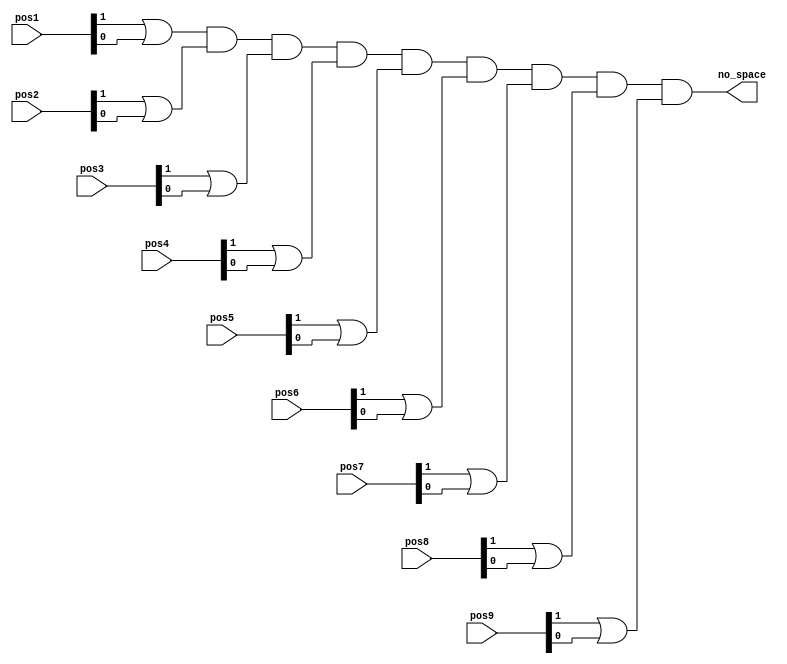
`timescale 1ns / 1ps
//////////////////////////////////////////////////////////////////////////////////
// Company: 
// Engineer: 
// 
// Design Name: 
// Module Name:    nospace_detector 
// Project Name: 
// Target Devices: 
// Tool versions: 
// Description: 
//
// Dependencies: 
//
// Revision: 
// Revision 0.01 - File Created
// Additional Comments: 
//
//////////////////////////////////////////////////////////////////////////////////
module nospace_detector(
    input [1:0] pos1,pos2,pos3,pos4,pos5,pos6,pos7,pos8,pos9,  // Positions register
   output wire no_space      // no space signal
   );
wire temp1,temp2,temp3,temp4,temp5,temp6,temp7,temp8,temp9;
// detect no more space     
assign temp1 = pos1[1] | pos1[0];
assign temp2 = pos2[1] | pos2[0];
assign temp3 = pos3[1] | pos3[0];
assign temp4 = pos4[1] | pos4[0];
assign temp5 = pos5[1] | pos5[0];
assign temp6 = pos6[1] | pos6[0];
assign temp7 = pos7[1] | pos7[0];
assign temp8 = pos8[1] | pos8[0];
assign temp9 = pos9[1] | pos9[0];
// output
assign no_space =((((((((temp1 & temp2) & temp3) & temp4) & temp5) & temp6) & temp7) & temp8) & temp9); // same as bit-wise and
endmodule